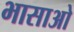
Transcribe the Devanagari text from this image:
भासाओ